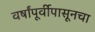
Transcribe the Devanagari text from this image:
वर्षांपूर्वीपासूनचा